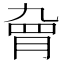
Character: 𱼊